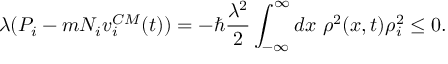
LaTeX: \lambda ( P _ { i } - m N _ { i } v _ { i } ^ { C M } ( t ) ) = - \hbar \frac { \lambda ^ { 2 } } { 2 } \int _ { - \infty } ^ { \infty } d x ~ \rho ^ { 2 } ( x , t ) \rho _ { i } ^ { 2 } \le 0 .